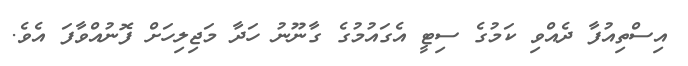
އިސްތިއުފާ ދެއްވި ކަމުގެ ސިޓީ އެގައުމުގެ ގާނޫނު ހަދާ މަޖިލިހަށް ފޮނުއްވާފަ އެވެ.